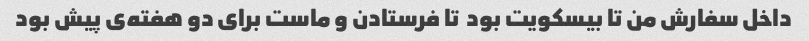
داخل سفارش من تا بیسکویت بود  تا فرستادن و ماست برای دو هفته‌ی پیش بود